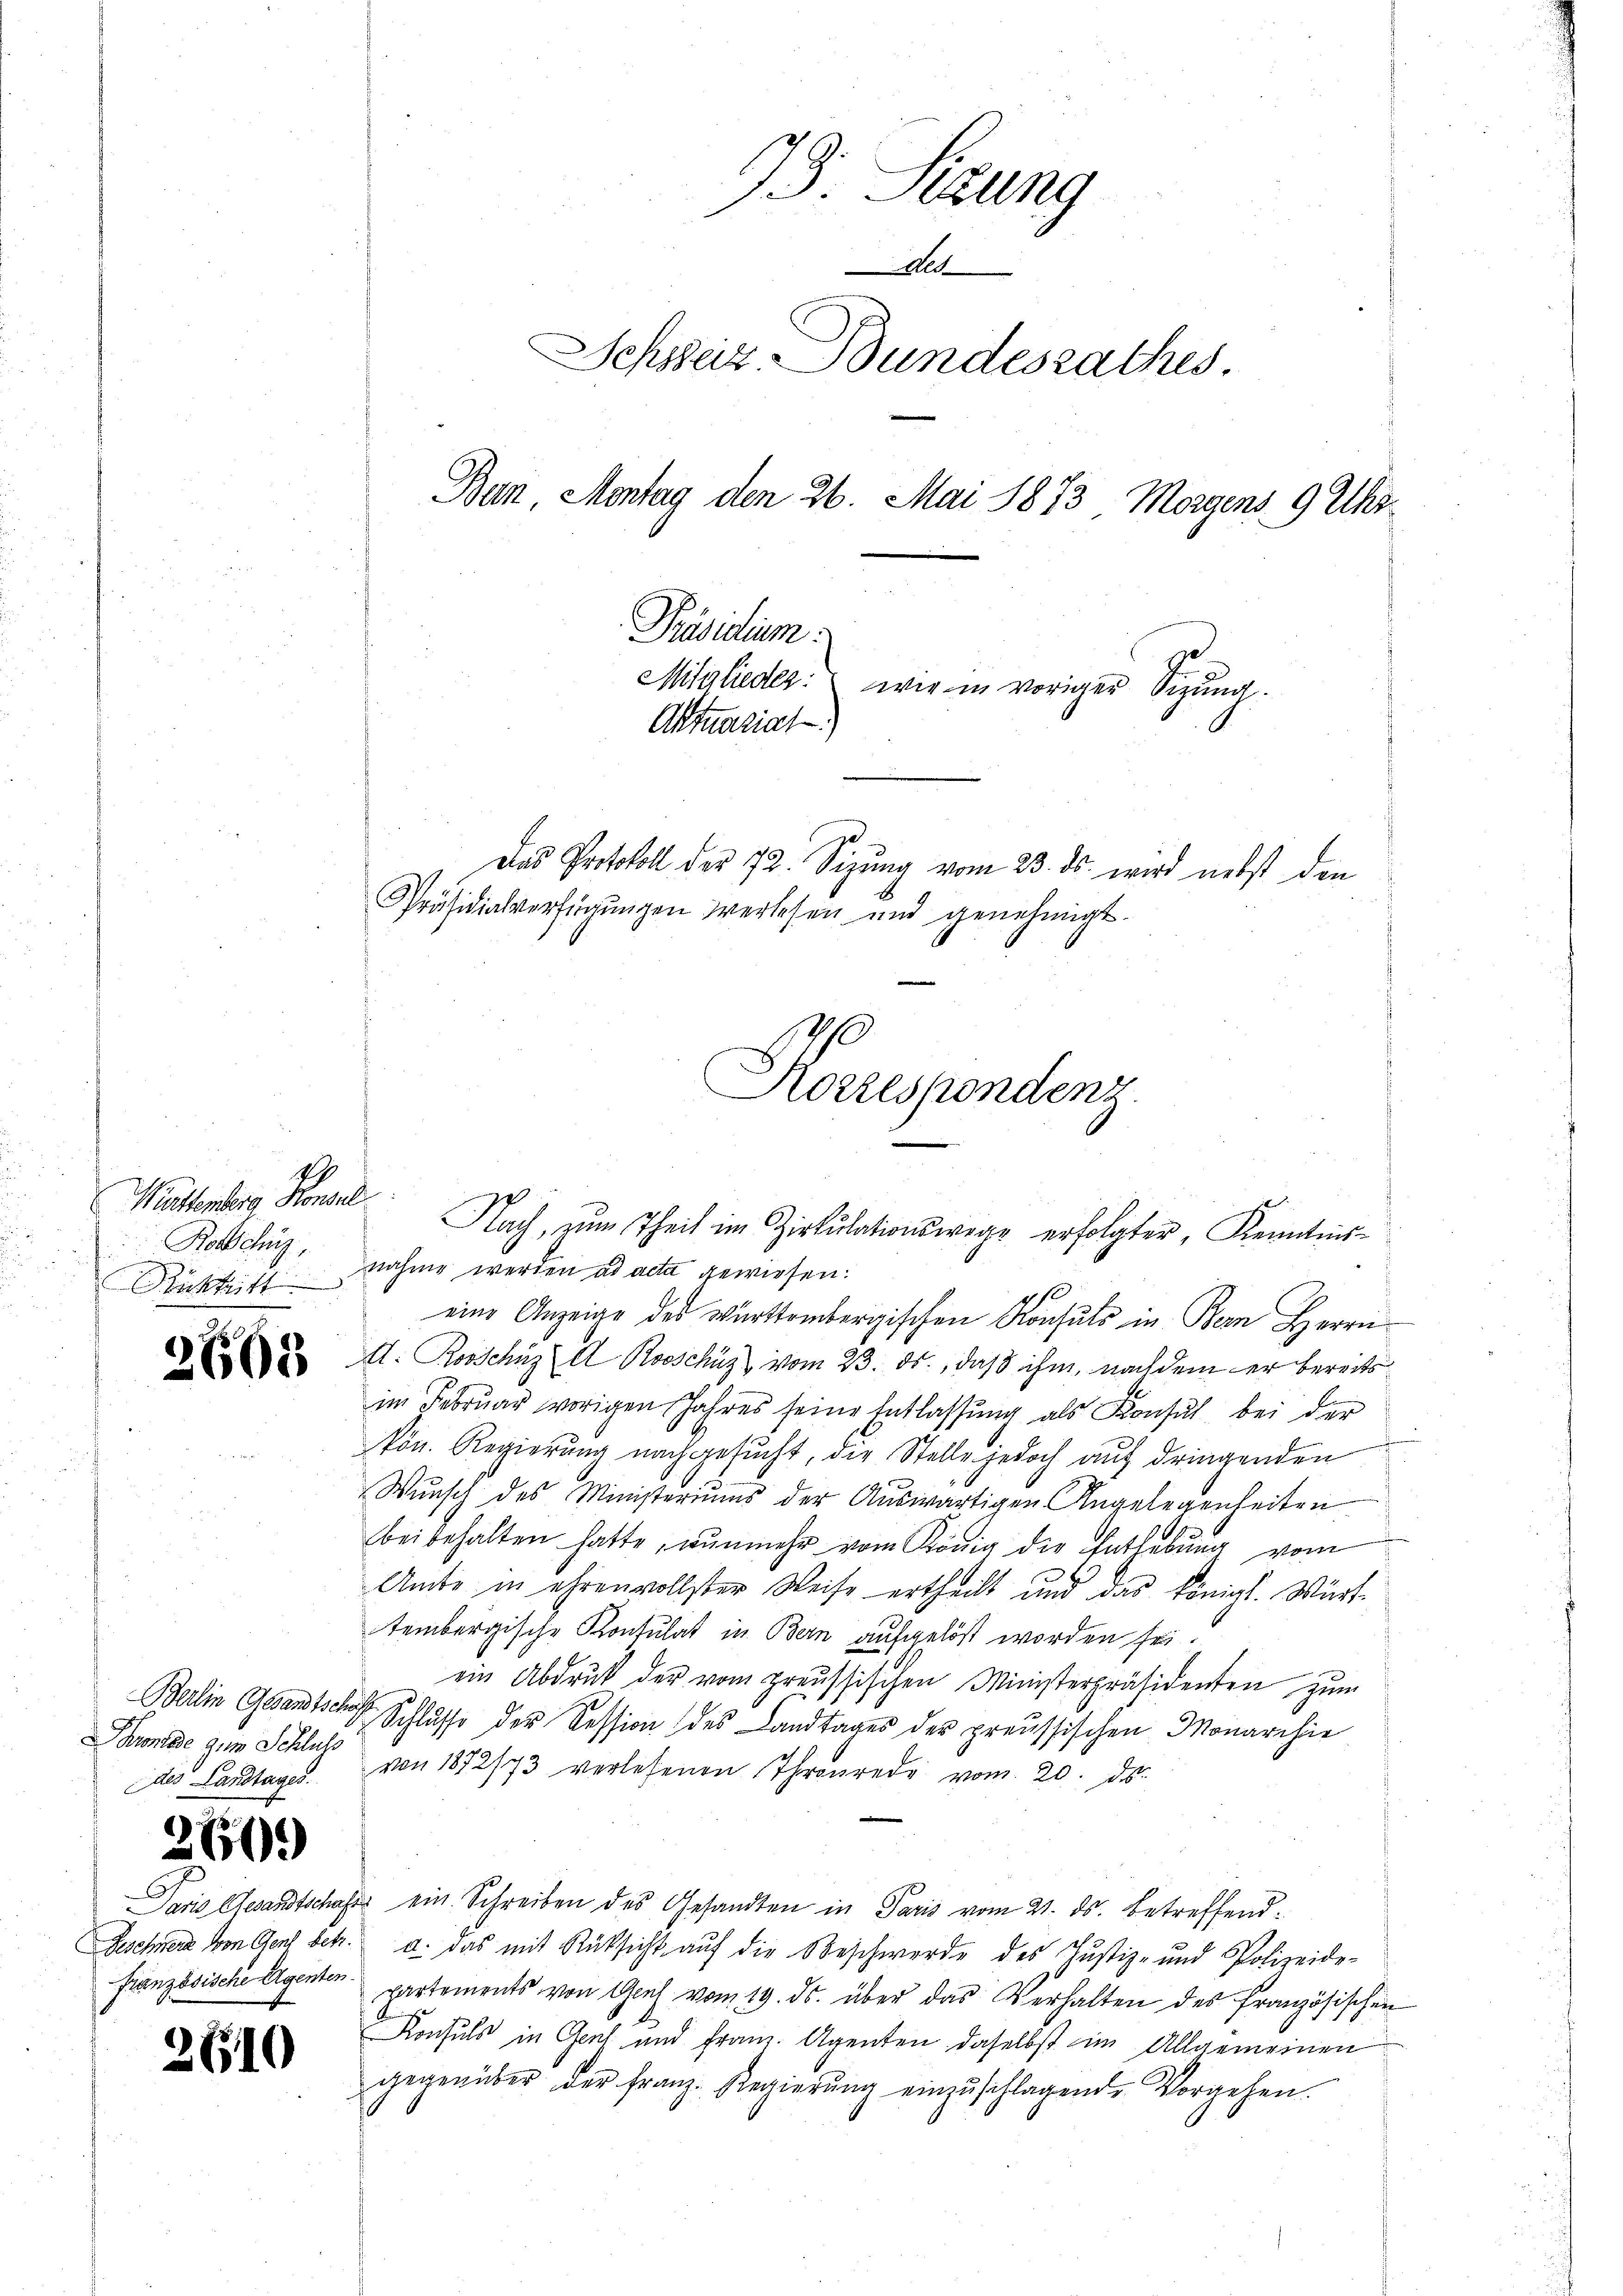
Württemberg Konsul
Rorschüs

26505

2

6.)

610

19

Kronlade zum Schluss
des Landtages.

Das Protokoll der 72. Sizung vom 23. ds. wird nebst den
Präsidialverfügungen verlesen und genehmigt.

Rücktritt nahme werden ad acta gewiesen:
eine Anzeige des württembergischen Konsuls in Bern Herrn
d. Rosschuz A Rooschüz vom 23. ds., daß ihm, nachdem er bereits
im Februar vorigen Jahres seine Entlassŭng als Konsul bei der
kön. Regierung nachgesucht, die Stelle jedoch auf dringenden
Wŭnsch des Ministeriums der Aŭswärtigen Angelegenheiten
beibehalten hatte, nunmehr vom König die Entlebung vom
Amte in ehrenvollster Weise ertheilt und das königl. Württembergische Kontulat in Bern aufgelöst worden sei.
ein Abdruk der vom preussischen Ministerpräsidenten zum
Berlin Gesandtsch Schlasse der Kession des Landtages der preussischen Monarchie
von 1872/73 verlesenen Thronrede vom 20. ds.
Paris Gesandtschafts ein. Schreiben des Gesandten in Paris vom 21. ds. betreffend¬
Geschwere von Gert betr. d. das mit Rücksicht auf die Beschwerde des Justiz- und Polizeide-
französische Agenten partements von Graf vom 19. ds. über das Verhalten des französischen
Konsuls in Genf und Franz. Agenten daselbst im Allgemeinen
gegenüber der Franz-Regierŭng einzŭschlagende Vorgehen.

73 Sizung
des
Schweiz. Bundesrathes
Ban, Montag den 26. Mai 1873 Morgens 9 Uhr¬
Präsidium.

Mitglieder: wie in voriger Sizung.
Aktuariat

Korrespondenz.
Nach, zum Theil im Zirkulationswege erfolgter, Kenntnis-